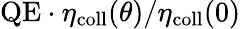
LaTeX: \mathrm{QE}\cdot\eta_{\mathrm{coll}}(\theta)/\eta_{\mathrm{coll}}(0)